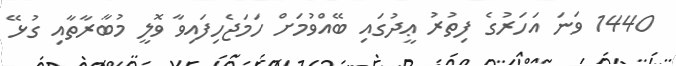
1440 ވަނަ އަހަރުގެ ފިތުރު ޢީދުގައި ބޭއްވުމަށް ހަމަޖެހިފައިވާ ވޮލީ މުބާރާތާއި ގުޅޭ